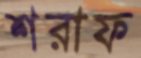
শরাফ